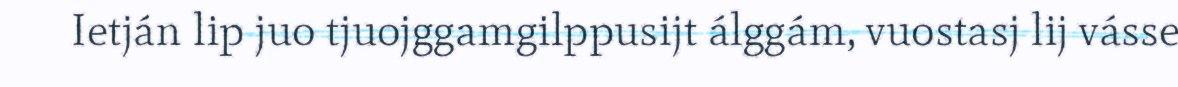
Ietján lip juo tjuojggamgilppusijt álggám, vuostasj lij vásse